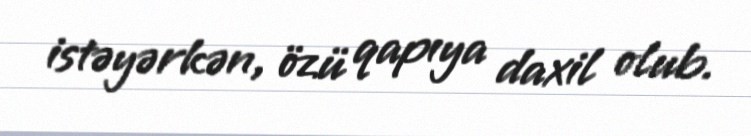
istəyərkən, özü qapıya daxil olub.